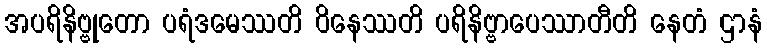
အပရိနိဗ္ဗုတော ပရံဒမေဿတိ ဝိနေဿတိ ပရိနိဗ္ဗာပေဿာတီတိ နေတံ ဌာနံ